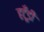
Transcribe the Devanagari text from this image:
हटूँडी